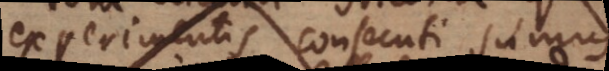
experimentis consecuti sumus